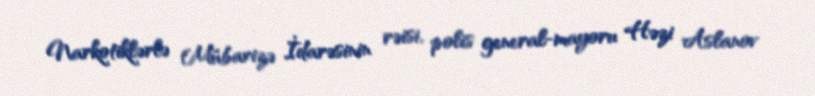
Narkotiklərlə Mübarizə İdarəsinin rəisi, polis general-mayoru Həzi Aslanov